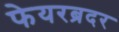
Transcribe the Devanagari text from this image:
फेयरब्रदर